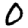
Digit: 0